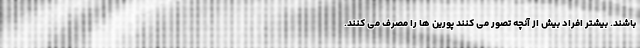
باشند. بیشتر افراد بیش از آنچه تصور می کنند پورین ها را مصرف می کنند.